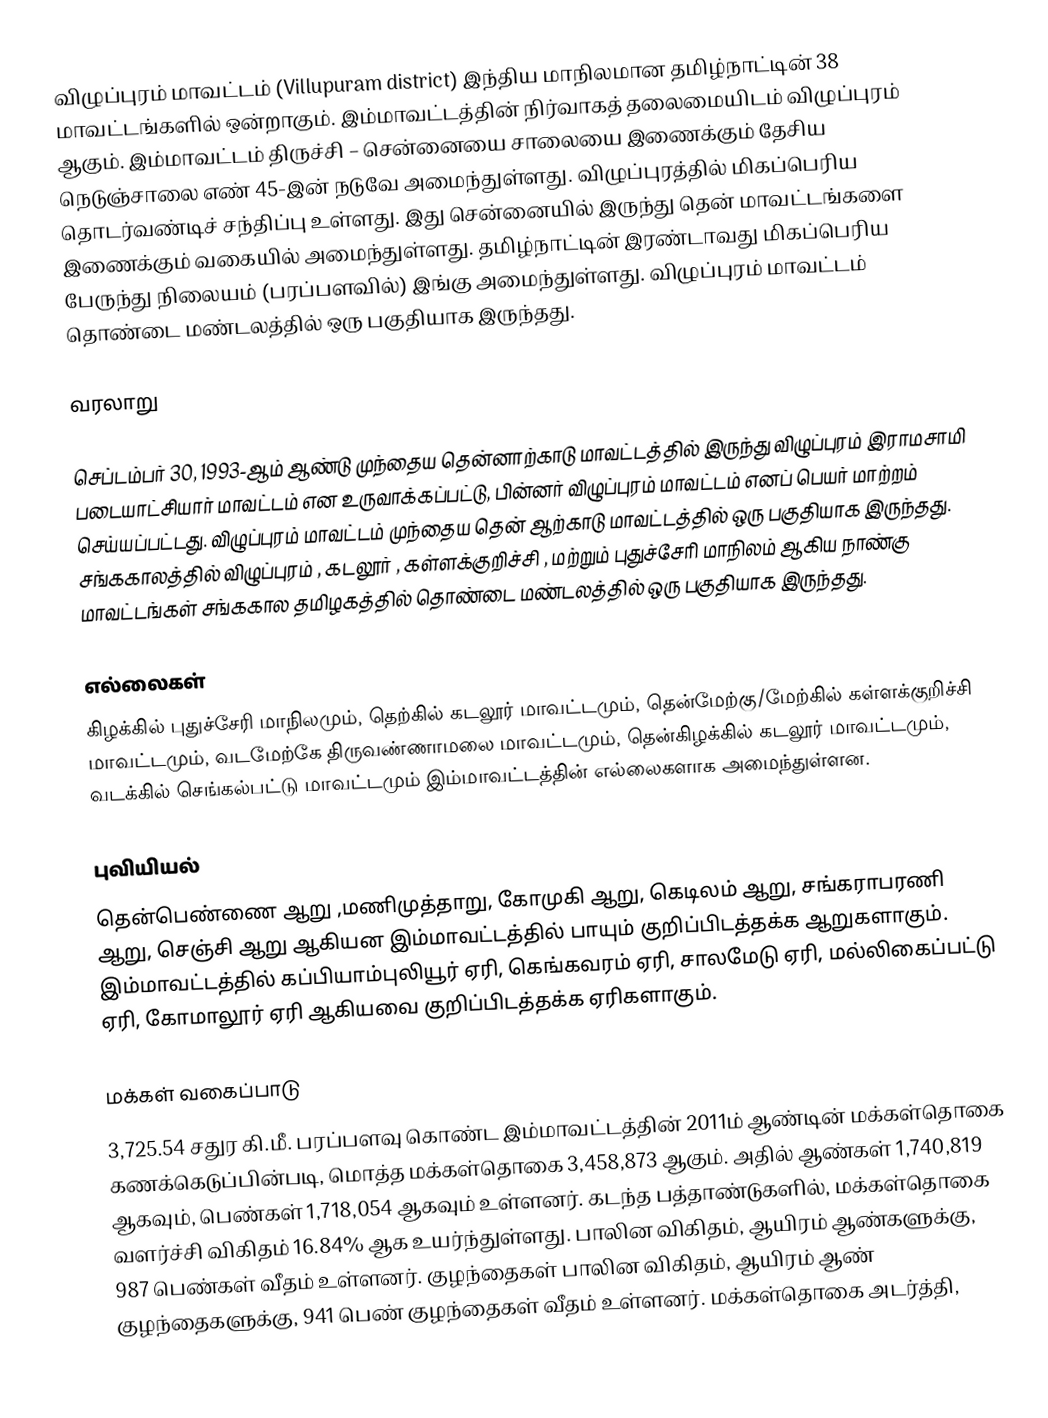
விழுப்புரம் மாவட்டம் (Villupuram district) இந்திய மாநிலமான தமிழ்நாட்டின் 38 மாவட்டங்களில் ஒன்றாகும். இம்மாவட்டத்தின் நிர்வாகத் தலைமையிடம் விழுப்புரம் ஆகும். இம்மாவட்டம் திருச்சி – சென்னையை சாலையை இணைக்கும் தேசிய நெடுஞ்சாலை எண் 45-இன் நடுவே அமைந்துள்ளது. விழுப்புரத்தில் மிகப்பெரிய தொடர்வண்டிச் சந்திப்பு உள்ளது. இது சென்னையில் இருந்து தென் மாவட்டங்களை இணைக்கும் வகையில் அமைந்துள்ளது. தமிழ்நாட்டின் இரண்டாவது மிகப்பெரிய பேருந்து நிலையம் (பரப்பளவில்) இங்கு அமைந்துள்ளது. விழுப்புரம் மாவட்டம் தொண்டை மண்டலத்தில் ஒரு பகுதியாக இருந்தது.

வரலாறு

செப்டம்பர் 30, 1993-ஆம் ஆண்டு முந்தைய தென்னாற்காடு மாவட்டத்தில் இருந்து விழுப்புரம் இராமசாமி படையாட்சியார் மாவட்டம் என உருவாக்கப்பட்டு, பின்னர் விழுப்புரம் மாவட்டம் எனப் பெயர் மாற்றம் செய்யப்பட்டது. விழுப்புரம் மாவட்டம் முந்தைய தென் ஆற்காடு மாவட்டத்தில் ஒரு பகுதியாக இருந்தது. சங்ககாலத்தில் விழுப்புரம் , கடலூர் , கள்ளக்குறிச்சி , மற்றும் புதுச்சேரி மாநிலம் ஆகிய நாண்கு மாவட்டங்கள் சங்ககால தமிழகத்தில் தொண்டை மண்டலத்தில் ஒரு பகுதியாக இருந்தது.

எல்லைகள்
கிழக்கில் புதுச்சேரி மாநிலமும், தெற்கில் கடலூர் மாவட்டமும்,  தென்மேற்கு/மேற்கில் கள்ளக்குறிச்சி மாவட்டமும், வடமேற்கே திருவண்ணாமலை மாவட்டமும், தென்கிழக்கில் கடலூர் மாவட்டமும், வடக்கில் செங்கல்பட்டு மாவட்டமும் இம்மாவட்டத்தின் எல்லைகளாக அமைந்துள்ளன.

புவியியல்
தென்பெண்ணை ஆறு ,மணிமுத்தாறு, கோமுகி ஆறு, கெடிலம் ஆறு, சங்கராபரணி ஆறு, செஞ்சி ஆறு ஆகியன இம்மாவட்டத்தில் பாயும் குறிப்பிடத்தக்க ஆறுகளாகும். இம்மாவட்டத்தில் கப்பியாம்புலியூர் ஏரி, கெங்கவரம் ஏரி, சாலமேடு ஏரி, மல்லிகைப்பட்டு ஏரி, கோமாலூர் ஏரி ஆகியவை குறிப்பிடத்தக்க ஏரிகளாகும்.

மக்கள் வகைப்பாடு
3,725.54 சதுர கி.மீ.  பரப்பளவு கொண்ட   இம்மாவட்டத்தின் 2011ம் ஆண்டின் மக்கள்தொகை கணக்கெடுப்பின்படி, மொத்த மக்கள்தொகை  3,458,873  ஆகும். அதில் ஆண்கள் 1,740,819  ஆகவும், பெண்கள் 1,718,054   ஆகவும் உள்ளனர். கடந்த பத்தாண்டுகளில், மக்கள்தொகை வளர்ச்சி விகிதம் 16.84% ஆக உயர்ந்துள்ளது. பாலின விகிதம், ஆயிரம் ஆண்களுக்கு, 987  பெண்கள் வீதம் உள்ளனர். குழந்தைகள் பாலின விகிதம், ஆயிரம் ஆண் குழந்தைகளுக்கு, 941  பெண் குழந்தைகள் வீதம் உள்ளனர்.  மக்கள்தொகை அடர்த்தி,